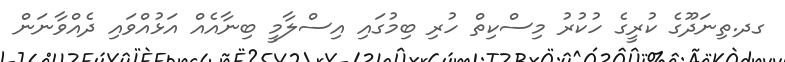
ގދ.ތިނަދޫގެ ކުރީގެ ހުކުރު މިސްކިތް ހުރި ބިމުގައި އިސްލާމީ ބިނާއެއް އަޅުއްވައި ދެއްވާނަން